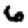
Digit: 6